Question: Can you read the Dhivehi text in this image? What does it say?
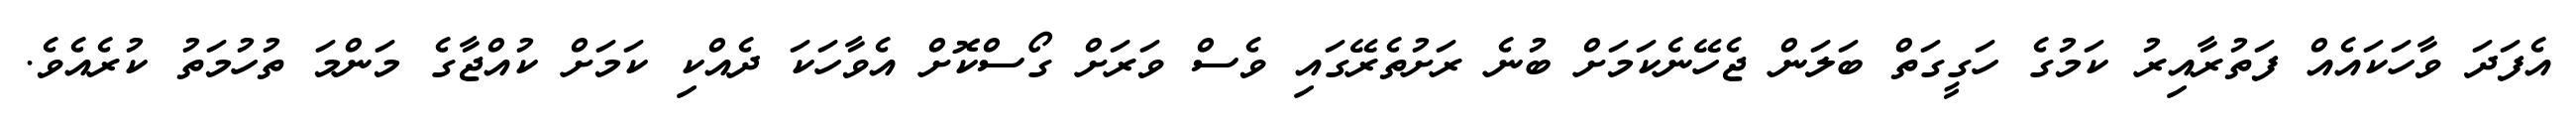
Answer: އެފަދަ ވާހަކައެއް ފަތުރާއިރު ކަމުގެ ހަގީގަތް ބަލަން ޖެހޭނެކަމަށް ބުނެ ރަށުތެރޭގައި ވެސް ވަރަށް ގޯސްކޮށް އެވާހަކަ ދެއްކި ކަމަށް ކުއްޖާގެ މަންމަ ތުހުމަތު ކުރެއެވެ.